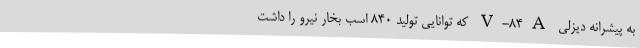
به پیشرانه دیزلی V-84A که توانایی تولید 840 اسب بخار نیرو را داشت